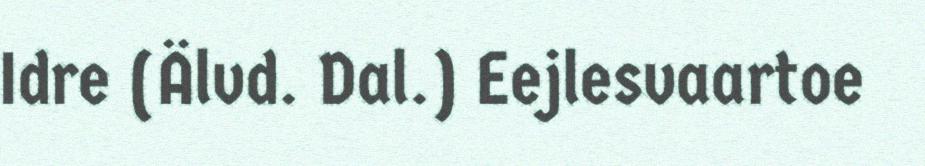
Idre (Älvd. Dal.) Eejlesvaartoe